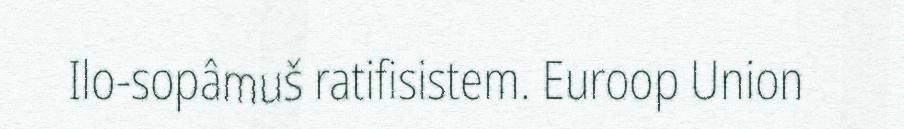
Ilo-sopâmuš ratifisistem. Euroop Union